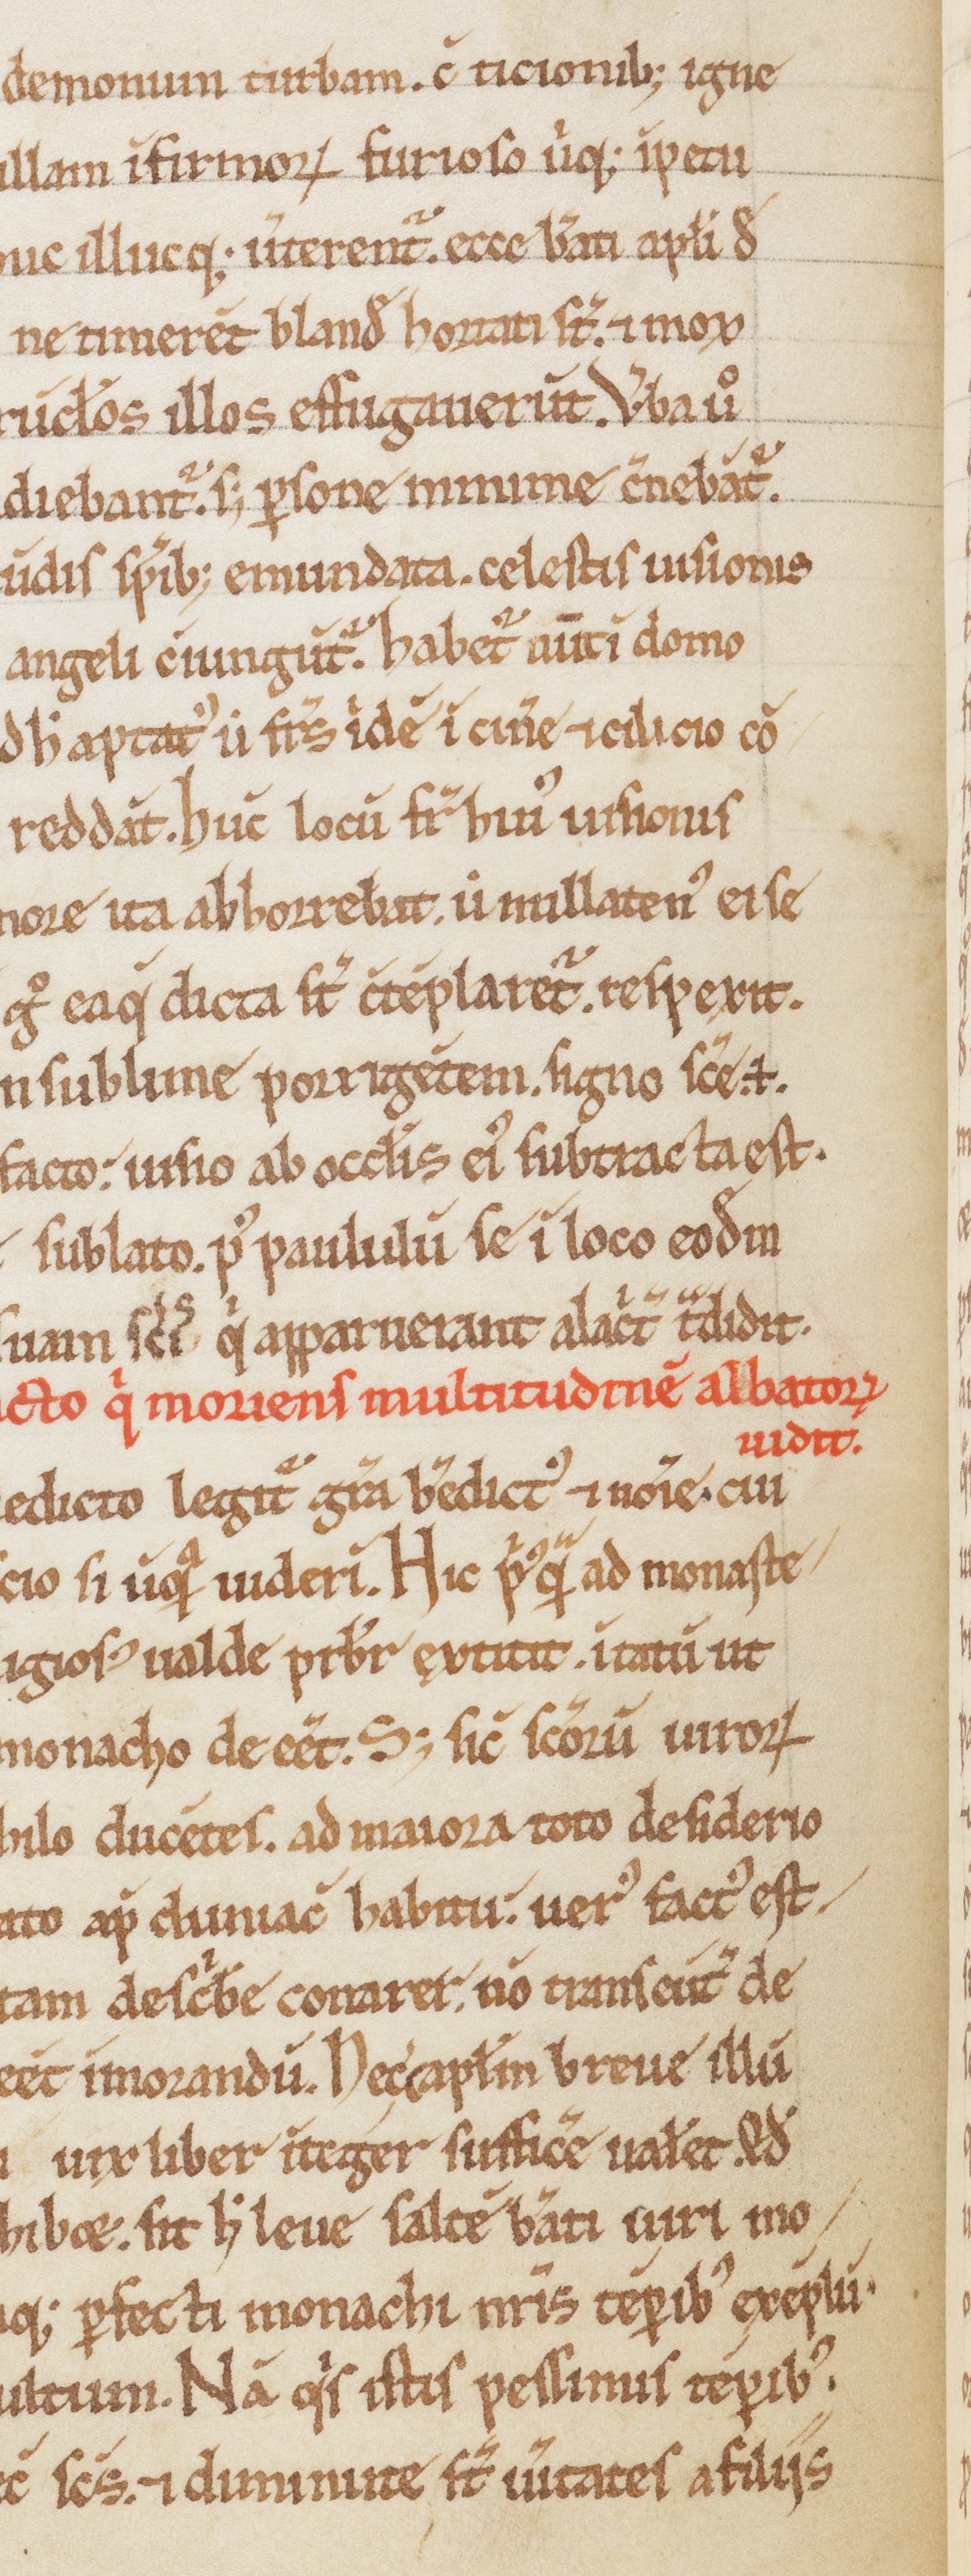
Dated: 1150–1199